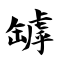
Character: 罅